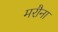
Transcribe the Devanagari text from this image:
मरौना